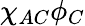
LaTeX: \chi_{AC}\phi_{C}